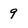
Character: 9